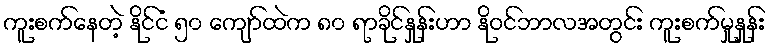
ကူးစက်နေတဲ့ နိုင်ငံ ၅၀ ကျော်ထဲက ၈၀ ရာခိုင်နှုန်းဟာ နိုဝင်ဘာလအတွင်း ကူးစက်မှုနှုန်း